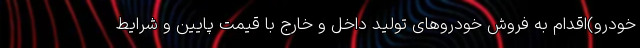
خودرو)اقدام به فروش خودروهای تولید داخل و خارج با قیمت پایین و شرایط